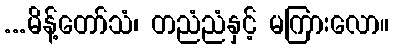
...မိန့်တော်သံ၊ တညံညံနှင့် မကြားလော။